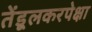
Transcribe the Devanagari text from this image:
तेंडूलकरपेक्षा